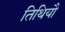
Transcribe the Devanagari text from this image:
तिथियौ